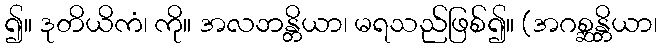
၍။ ဒုတိယိကံ၊ ကို။ အလဘန္တိယာ၊ မရသည်ဖြစ်၍။ (အဂစ္ဆန္တိယာ၊